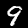
Digit: 9